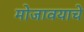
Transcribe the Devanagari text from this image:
मोजावयाचे